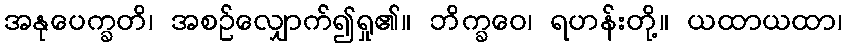
အနုပေက္ခတိ၊ အစဉ်လျှောက်၍ရှု၏။ ဘိက္ခဝေ၊ ရဟန်းတို့။ ယထာယထာ၊